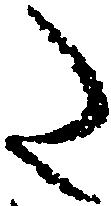
た